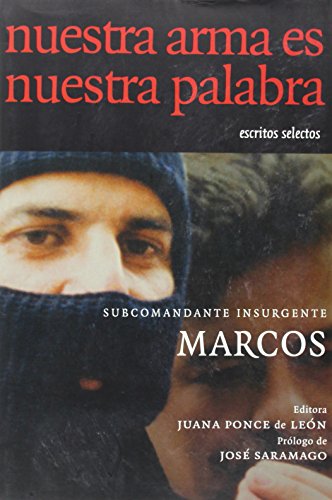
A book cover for Nuestra arma es nuestra palabra; Subcomandante Marcos; Literature & Fiction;